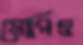
মোরিও